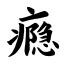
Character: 瘾